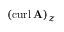
( \operatorname { c u r l } \mathbf { A } ) _ { z }